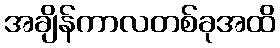
အချိန်ကာလတစ်ခုအထိ